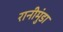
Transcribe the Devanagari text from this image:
रानीमुंडा